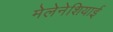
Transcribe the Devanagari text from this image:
मेलेनेशियाई